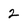
Character: 2